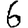
Digit: 6